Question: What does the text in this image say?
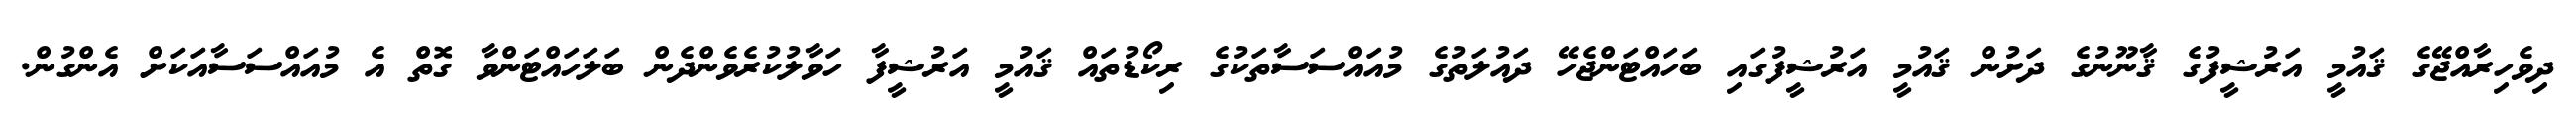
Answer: ދިވެހިރާއްޖޭގެ ޤައުމީ އަރުޝީފުގެ ޤާނޫނުގެ ދަށުން ޤައުމީ އަރުޝީފުގައި ބަހައްޓަންޖެހޭ ދައުލަތުގެ މުއައްސަސާތަކުގެ ރިކޯޑުތައް ޤައުމީ އަރުޝީފާ ހަވާލުކުރެވެންދެން ބަލަހައްޓަންވާ ގޮތް އެ މުއައްސަސާއަކަށް އެންގުން.